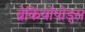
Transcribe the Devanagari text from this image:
ब्रेकियोपोड्स